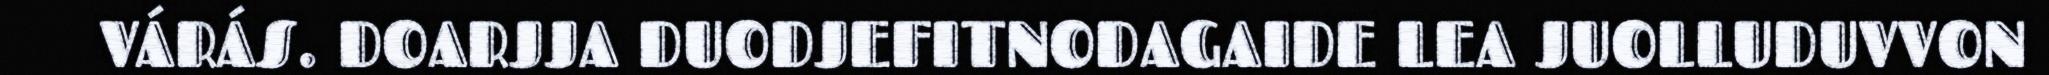
VÁRÁS. DOARJJA DUODJEFITNODAGAIDE LEA JUOLLUDUVVON